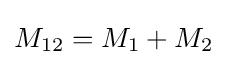
M_{12}=M_{1}+M_{2}